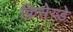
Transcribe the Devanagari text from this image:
क्रिसेय्डे